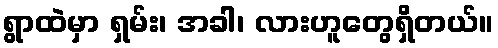
ရွာထဲမှာ ရှမ်း၊ အခါ၊ လားဟူတွေရှိတယ်။